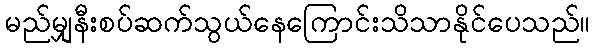
မည်မျှနီးစပ်ဆက်သွယ်နေကြောင်းသိသာနိုင်ပေသည်။